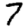
Digit: 7